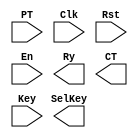
// EASE/HDL begin //////////////////////////////////////////////////////////////
// 
// module 'AES_Encryptor'.
// 
////////////////////////////////////////////////////////////////////////////////

module AES_Encryptor (PT, Clk, Rst, En, Ry, CT, Key, SelKey) ;
  input      [127:0]PT;
  input      Clk;
  input      Rst;
  input      En;
  output     Ry;
  output     [127:0]CT;
  input      [127:0]Key;
  output     signed [3:0]SelKey;


// EASE/HDL end ////////////////////////////////////////////////////////////////



endmodule // AES_Encryptor